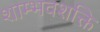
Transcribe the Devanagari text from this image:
शाम्भवशक्ति